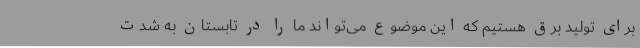
برای تولید برق هستیم که این موضوع می‌تواند ما را در تابستان به شدت